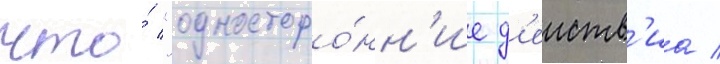
что́ "односторо́нн'ие д'еиств'иа /